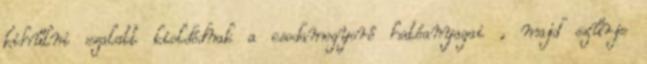
kihűlni ezalatt kioldódnak a csodamogyoró hatóanyagai , majd szűrje